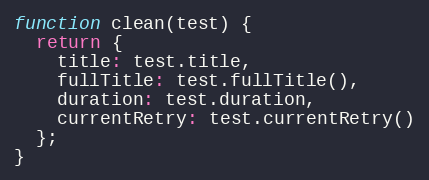
Language: JavaScript
function clean(test) {
  return {
    title: test.title,
    fullTitle: test.fullTitle(),
    duration: test.duration,
    currentRetry: test.currentRetry()
  };
}